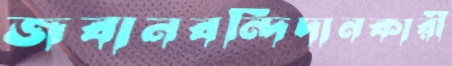
জবানবন্দিদানকারী